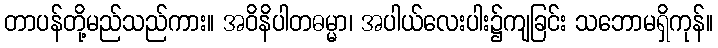
တာပန်တို့မည်သည်ကား။ အဝိနိပါတဓမ္မာ၊ အပါယ်လေးပါး၌ကျခြင်း သဘောမရှိကုန်။